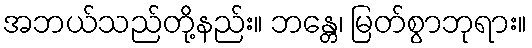
အဘယ်သည်တို့နည်း။ ဘန္တေ၊ မြတ်စွာဘုရား။